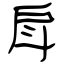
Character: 戽